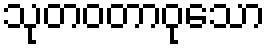
သုတဝတာဝုသော